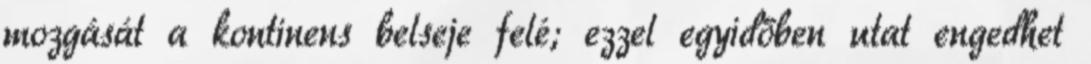
mozgását a kontinens belseje felé; ezzel egyidőben utat engedhet